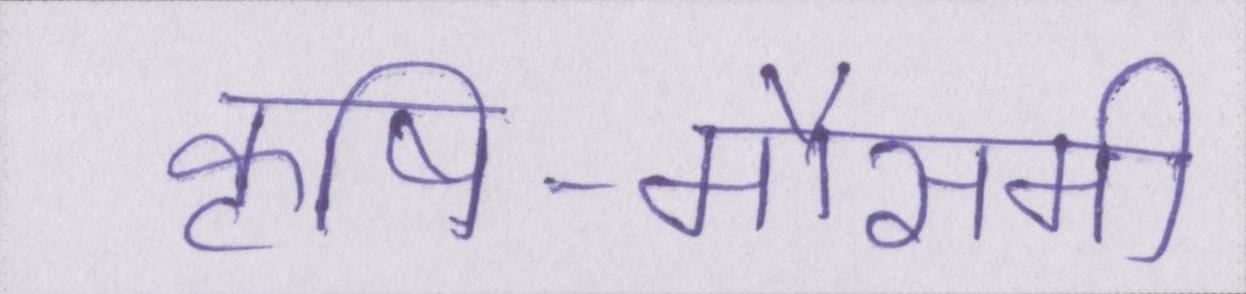
कृषि-मौसमी